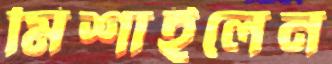
মিশাইলেন